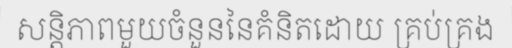
សន្តិភាពមួយចំនួននៃគំនិតដោយ គ្រប់គ្រង